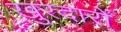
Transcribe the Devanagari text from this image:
खुरदारों